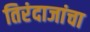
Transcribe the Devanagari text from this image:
तिरंदाजांचा